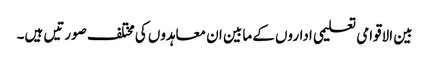
بین الاقوامی تعلیمی اداروں کے مابین ان معاہدوں کی مختلف صورتیں ہیں۔